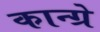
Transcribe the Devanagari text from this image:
कान्ग्रे